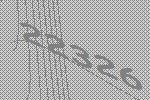
22326